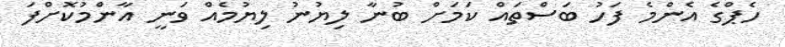
ހެޕްގެ އެންމެ ފަހު ބަސްތައް ކަމަށް ބުނާ ލިޔުނު ލިޔުމެއް ވަނީ އާންމުކޮށްފަ